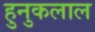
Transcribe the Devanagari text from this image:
हुनुकलाल